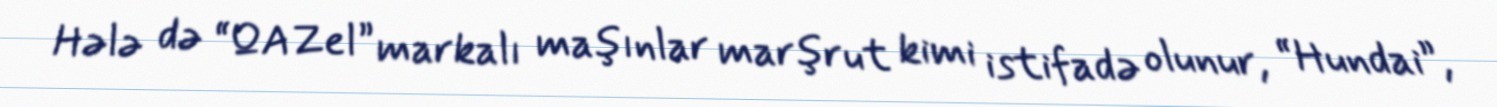
Hələ də “QAZel” markalı maşınlar marşrut kimi istifadə olunur, “Hundai”,